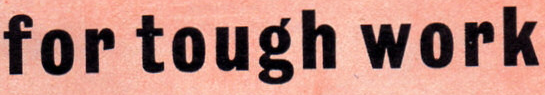
for tough work